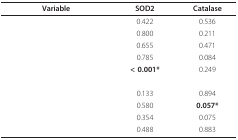
<table><thead><tr><td><b>Variable</b></td><td><b>SOD2</b></td><td><b>Catalase</b></td></tr></thead><tbody><tr><td>[EMPTY_CELL]</td><td>0.422</td><td>0.536</td></tr><tr><td>[EMPTY_CELL]</td><td>0.800</td><td>0.211</td></tr><tr><td>[EMPTY_CELL]</td><td>0.655</td><td>0.471</td></tr><tr><td>[EMPTY_CELL]</td><td>0.785</td><td>0.084</td></tr><tr><td>[EMPTY_CELL]</td><td><b>&lt; 0.001*</b></td><td>0.249</td></tr><tr><td>[EMPTY_CELL]</td><td>[EMPTY_CELL]</td><td>[EMPTY_CELL]</td></tr><tr><td>[EMPTY_CELL]</td><td>0.133</td><td>0.894</td></tr><tr><td>[EMPTY_CELL]</td><td>0.580</td><td><b>0.057*</b></td></tr><tr><td>[EMPTY_CELL]</td><td>0.354</td><td>0.075</td></tr><tr><td>[EMPTY_CELL]</td><td>0.488</td><td>0.883</td></tr></tbody></table>